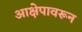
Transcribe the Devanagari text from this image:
आक्षेपावरून